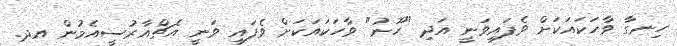
ހިނގާ ވާހަކައަކަށް ވެފައިވަނީ އަދި "ހޫނު" ވާހަކައަކަށް ވެފައި ވަނީ އެޗްއާރުސީއެމުން އދ.